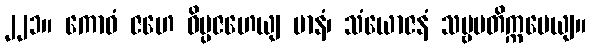
၂၂၁။ ကောဓံ ဇဟေ ဝိပ္ပဇဟေယျ မာနံ၊ သံယောဇနံ သဗ္ဗမတိက္ကမေယျ။